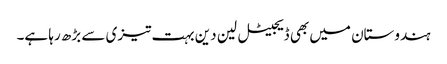
ہندوستان میں بھی ڈیجیٹل لین دین بہت تیزی سے بڑھ رہا ہے۔